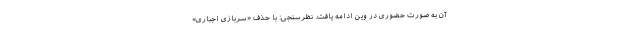
آن به صورت حضوری در وین ادامه یافت. نظرسنجی: با حذف «سربازی اجباری»